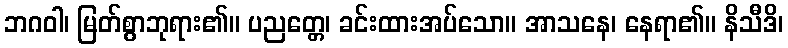
ဘဂဝါ၊ မြတ်စွာဘုရား၏။ ပညတ္တေ၊ ခင်းထားအပ်သော။ အာသနေ၊ နေရာ၏။ နိသီဒိ၊